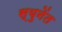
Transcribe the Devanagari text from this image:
स्युनेंत